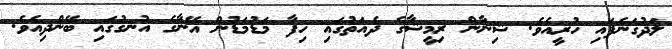
ލަދުގަނެފައި ހުރީއެވެ. ޝިނާން ރިމީޝާގެ ދެއަތުގައި ހިފާ މަޑުމަޑުން އޭނާގެ އުނގުގައި ބޭންދިއެވެ.